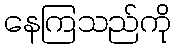
နေကြသည်ကို